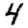
Digit: 4